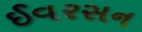
ઈવરસન